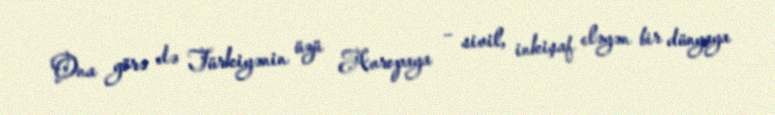
Ona görə də Türkiyənin üzü Avropaya – sivil, inkişaf eləyən bir dünyaya